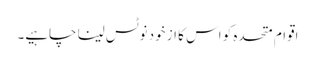
اقوام متحدہ کو اس کا از خود نوٹس لینا چاہیے۔